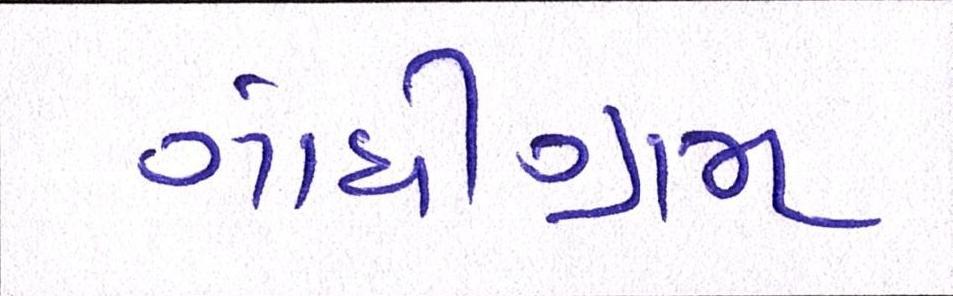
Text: ગાંધીગ્રામ